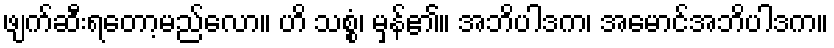
ဖျက်ဆီးရတော့မည်လော။ ဟိ သစ္စံ၊ မှန်၏။ အဘိပါဒက၊ အမောင်အဘိပါဒက။